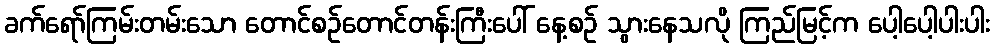
ခက်ရော်ကြမ်းတမ်းသော တောင်စဉ်တောင်တန်းကြီးပေါ် နေ့စဉ် သွားနေသလို ကြည်မြင့်က ပေါ့ပေါ့ပါးပါး